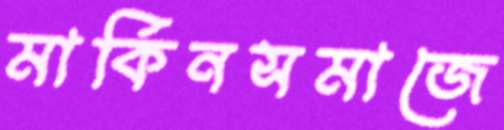
মার্কিনসমাজে